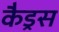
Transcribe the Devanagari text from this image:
कैड्रस